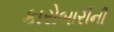
કારોબારીની